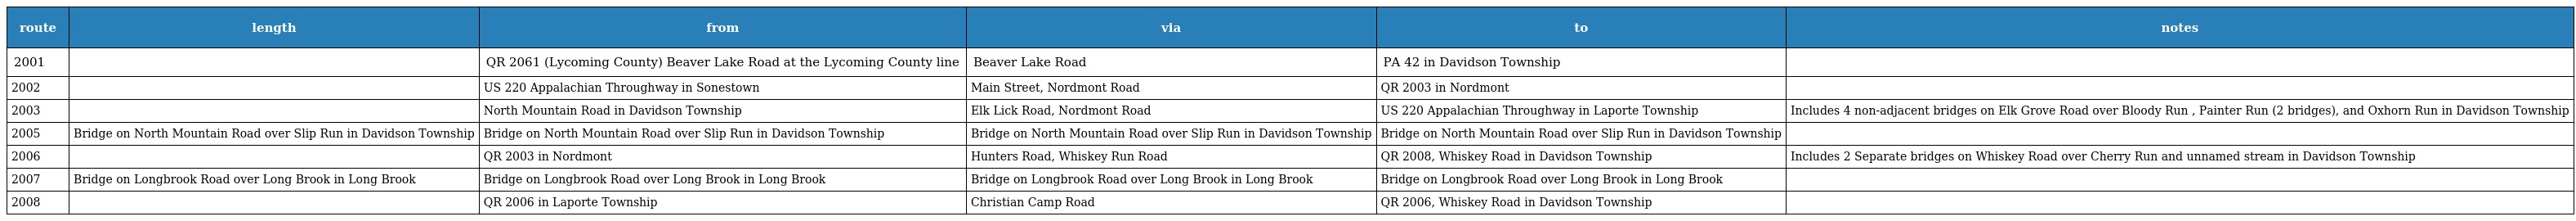
| route | length | from | via | to | notes |
 | --- | --- | --- | --- | --- | --- |
 | 2001 |  | QR 2061 (Lycoming County) Beaver Lake Road at the Lycoming County line | Beaver Lake Road | PA 42 in Davidson Township |  |
 | 2002 |  | US 220 Appalachian Throughway in Sonestown | Main Street, Nordmont Road | QR 2003 in Nordmont |  |
 | 2003 |  | North Mountain Road in Davidson Township | Elk Lick Road, Nordmont Road | US 220 Appalachian Throughway in Laporte Township | Includes 4 non-adjacent bridges on Elk Grove Road over Bloody Run , Painter Run (2 bridges), and Oxhorn Run in Davidson Township |
 | 2005 | Bridge on North Mountain Road over Slip Run in Davidson Township | Bridge on North Mountain Road over Slip Run in Davidson Township | Bridge on North Mountain Road over Slip Run in Davidson Township | Bridge on North Mountain Road over Slip Run in Davidson Township |  |
 | 2006 |  | QR 2003 in Nordmont | Hunters Road, Whiskey Run Road | QR 2008, Whiskey Road in Davidson Township | Includes 2 Separate bridges on Whiskey Road over Cherry Run and unnamed stream in Davidson Township |
 | 2007 | Bridge on Longbrook Road over Long Brook in Long Brook | Bridge on Longbrook Road over Long Brook in Long Brook | Bridge on Longbrook Road over Long Brook in Long Brook | Bridge on Longbrook Road over Long Brook in Long Brook |  |
 | 2008 |  | QR 2006 in Laporte Township | Christian Camp Road | QR 2006, Whiskey Road in Davidson Township |  |